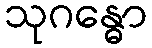
သုဂန္ဓော